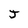
Character: J